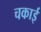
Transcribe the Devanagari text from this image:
चकाई